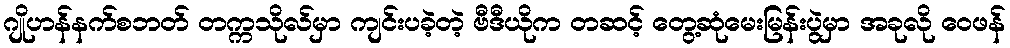
ဂျိုဟန်နက်စဘတ် တက္ကသိုလ်မှာ ကျင်းပခဲ့တဲ့ ဗီဒီယိုက တဆင့် တွေ့ဆုံမေးမြန်းပွဲမှာ အခုလို ဝေဖန်